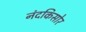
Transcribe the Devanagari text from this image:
नंदकिसोर